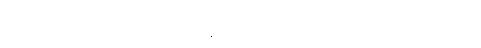
စပါးအုံးမြွေတွေဟာ သားကောင်တွေကို အနံ့ခံ လိုက်ရှာလေ့ရှိပြီး ပုန်းအောင်း စောင့်ဆိုင်းနေရာကနေ